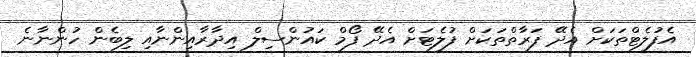
އެފުލެޓްތަކަށް އެދޭ ފަރާތްތަކަށް ފުލެޓަށް އެދޭ ފޯމް ކައުންސިލް އިދާރާއިންނާއި ލިބެން ހުންނާނެ